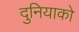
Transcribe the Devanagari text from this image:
दुनियाको